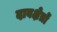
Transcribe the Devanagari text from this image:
दाबक्षेत्रों